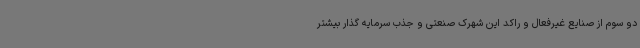
دو سوم از صنایع غیرفعال و راکد این شهرک صنعتی و جذب سرمایه گذار بیشتر